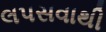
લપસવાથી